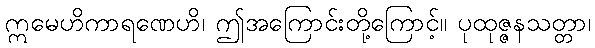
ဣမေဟိကာရဏေဟိ၊ ဤအကြောင်းတို့ကြောင့်။ ပုထုဇ္ဇနသတ္တာ၊